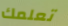
تعلمك